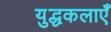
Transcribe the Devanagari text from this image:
युद्धकलाएँ